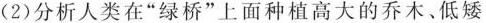
(2)分析人类在”绿桥”上面种植高大的乔木。低矮